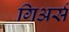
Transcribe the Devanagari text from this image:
गिअर्स